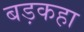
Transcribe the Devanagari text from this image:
बड़कहा